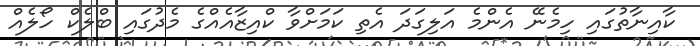
ކާއިނާތުގައި ހިމެނޭ އެންމެ އަލިގަދަ އެތި ކަމަށްވާ ކްއިޒާއެއްގެ މެދުގައި ބްލެކް ހޯލެއް